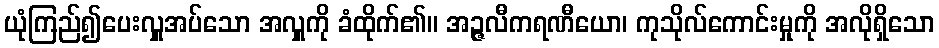
ယုံကြည်၍ပေးလှူအပ်သော အလှူကို ခံထိုက်၏။ အဉ္ဇလီကရဏီယော၊ ကုသိုလ်ကောင်းမှုကို အလိုရှိသော